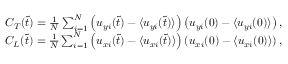
\begin{array} { r } { C _ { T } ( \tilde { t } ) = \frac { 1 } { N } \sum _ { i = 1 } ^ { N } \left( u _ { y i } ( \tilde { t } ) - \langle u _ { y i } ( \tilde { t } ) \rangle \right) \left( u _ { y i } ( 0 ) - \langle u _ { y i } ( 0 ) \rangle \right) , } \\ { C _ { L } ( \tilde { t } ) = \frac { 1 } { N } \sum _ { i = 1 } ^ { N } \left( u _ { x i } ( \tilde { t } ) - \langle u _ { x i } ( \tilde { t } ) \rangle \right) \left( u _ { x i } ( 0 ) - \langle u _ { x i } ( 0 ) \rangle \right) , } \end{array}